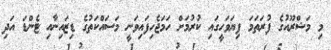
މި މަޝްރޫއުގެ ފުރަތަމަ ފިޔަވަހީގައި ކުރުމަށް ހަމަޖެހިފައިވަނީ މަސައްކަތުގެ ޑިޒައިނާއި ޓެންޑަ އަދި